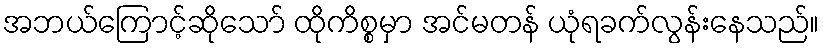
အဘယ်ကြောင့်ဆိုသော် ထိုကိစ္စမှာ အင်မတန် ယုံရခက်လွန်းနေသည်။